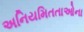
અનિયમિતતાઓના